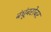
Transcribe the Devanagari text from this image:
बंधूंबरोबर